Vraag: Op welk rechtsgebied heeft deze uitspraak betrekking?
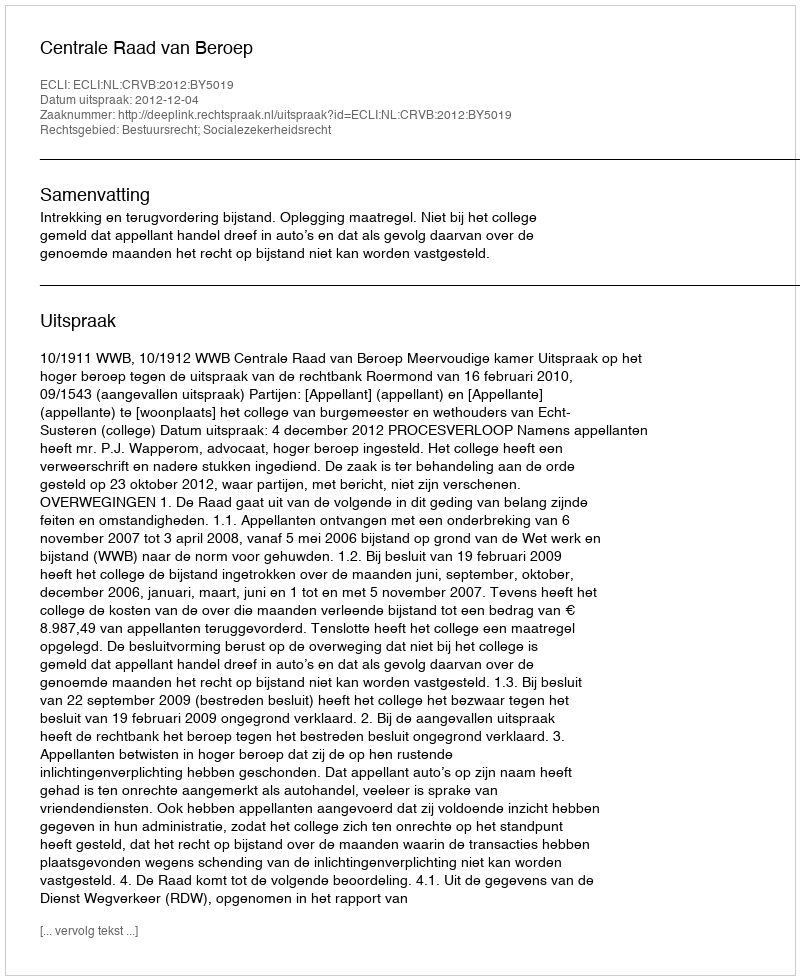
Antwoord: Bestuursrecht; Socialezekerheidsrecht